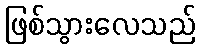
ဖြစ်သွားလေသည်